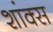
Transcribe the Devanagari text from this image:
शांक्स